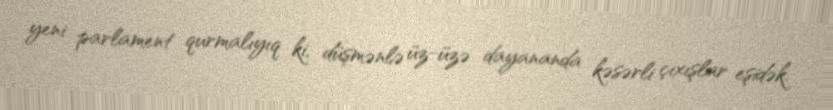
yeni parlament qurmalıyıq ki, düşmənlə üz-üzə dayananda kəsərli çıxışlar eşidək.